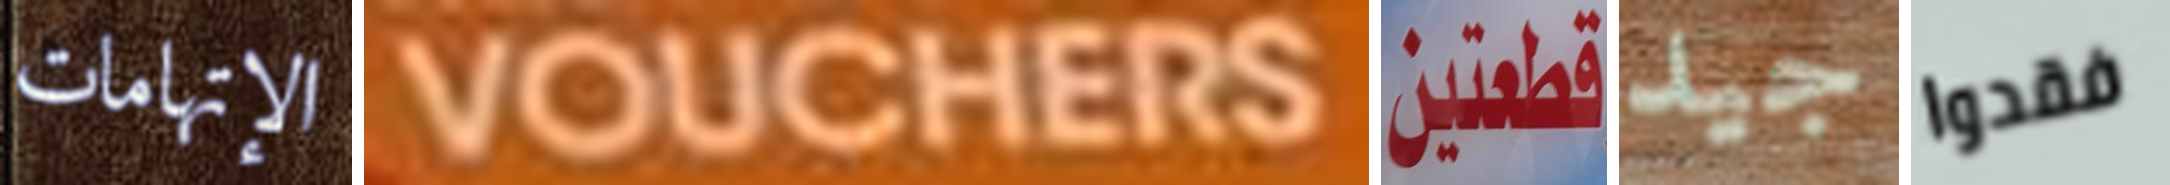
الإتهامات VOUCHERS قطعتين جيد فقدوا